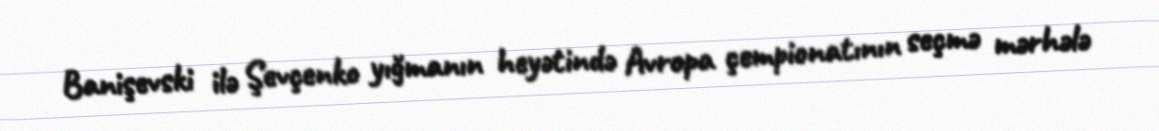
Banişevski ilə Şevçenko yığmanın heyətində Avropa çempionatının seçmə mərhələ